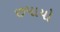
છપાયો